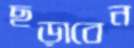
ছড়াবেন